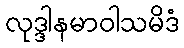
လုဒ္ဒါနမာဝါသမိဒံ